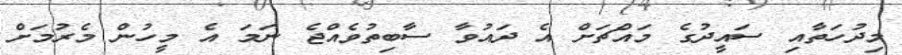
މިދުހަތާއި ސައީދުގެ މައްޗަށް އެ ދައުވާ ސާބިތުވެއްޖެ ނަމަ އެ މީހުން މެރުމަށް